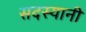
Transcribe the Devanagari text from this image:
सदस्यानी